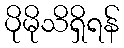
ပိုမိုသိရှိရန်